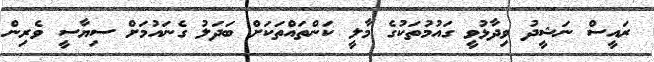
ރައީސް ނަޝީދު ވިދާޅުވީ ގައުމުތަކުގެ މާލީ ކަންތައްތަކަށް ބަދަލު ގެނައުމަށް ސިޔާސީ ވެރިން